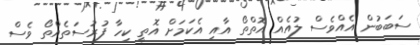
ސަބަބުން އެއްވެސް ލުއެއް އޮތްތޯ އާއި އެކަމަށް އޮތީ ކިހާ ފުރުސަތެއްތޯ ވެސް